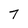
Character: 7